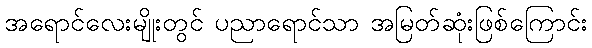
အရောင်လေးမျိုးတွင် ပညာရောင်သာ အမြတ်ဆုံးဖြစ်ကြောင်း